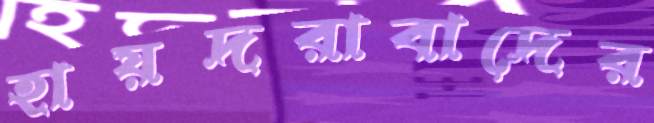
হায়দরাবাদের